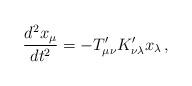
LaTeX: \begin{align*}{d^2 x_\mu\over dt^2} = - T'_{\mu\nu} K'_{\nu\lambda} x_\lambda\,,\end{align*}